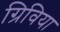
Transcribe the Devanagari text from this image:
ग्रिविया